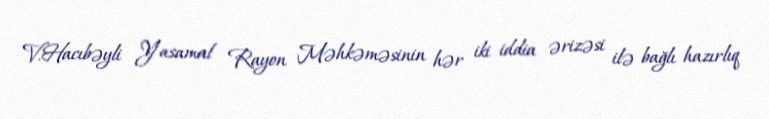
V.Hacıbəyli Yasamal Rayon Məhkəməsinin hər iki iddia ərizəsi ilə bağlı hazırlıq